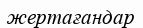
жертағандар